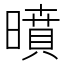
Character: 𭧥